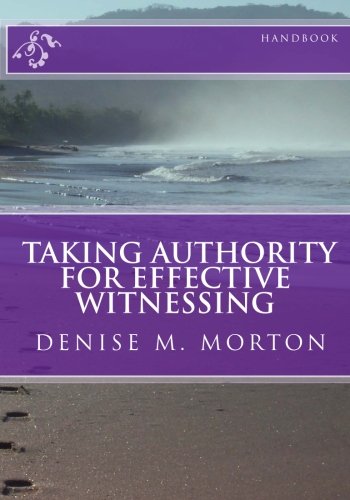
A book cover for TAKING AUTHORITY FOR EFFECTIVE WITNESSING  Handbook: Walk In Obedience and Discover Your God-Given Authority !; Denise M Morton; Christian Books & Bibles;